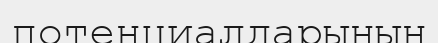
потенциалдарының